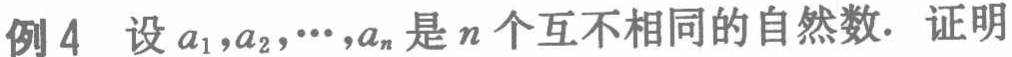
例4 设\(a_{1},a_{2},\cdots,a_{n}\)是\(n\)个互不相同的自然数. 证明